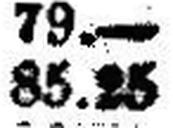
85.25